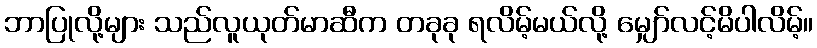
ဘာပြုလို့များ သည်လူယုတ်မာဆီက တခုခု ရလိမ့်မယ်လို့ မျှော်လင့်မိပါလိမ့်။